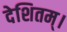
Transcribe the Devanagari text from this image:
देशितम्।